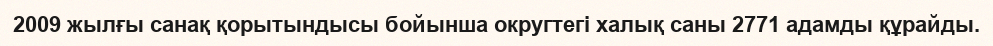
2009 жылғы санақ қорытындысы бойынша округтегі халық саны 2771 адамды құрайды.